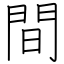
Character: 間